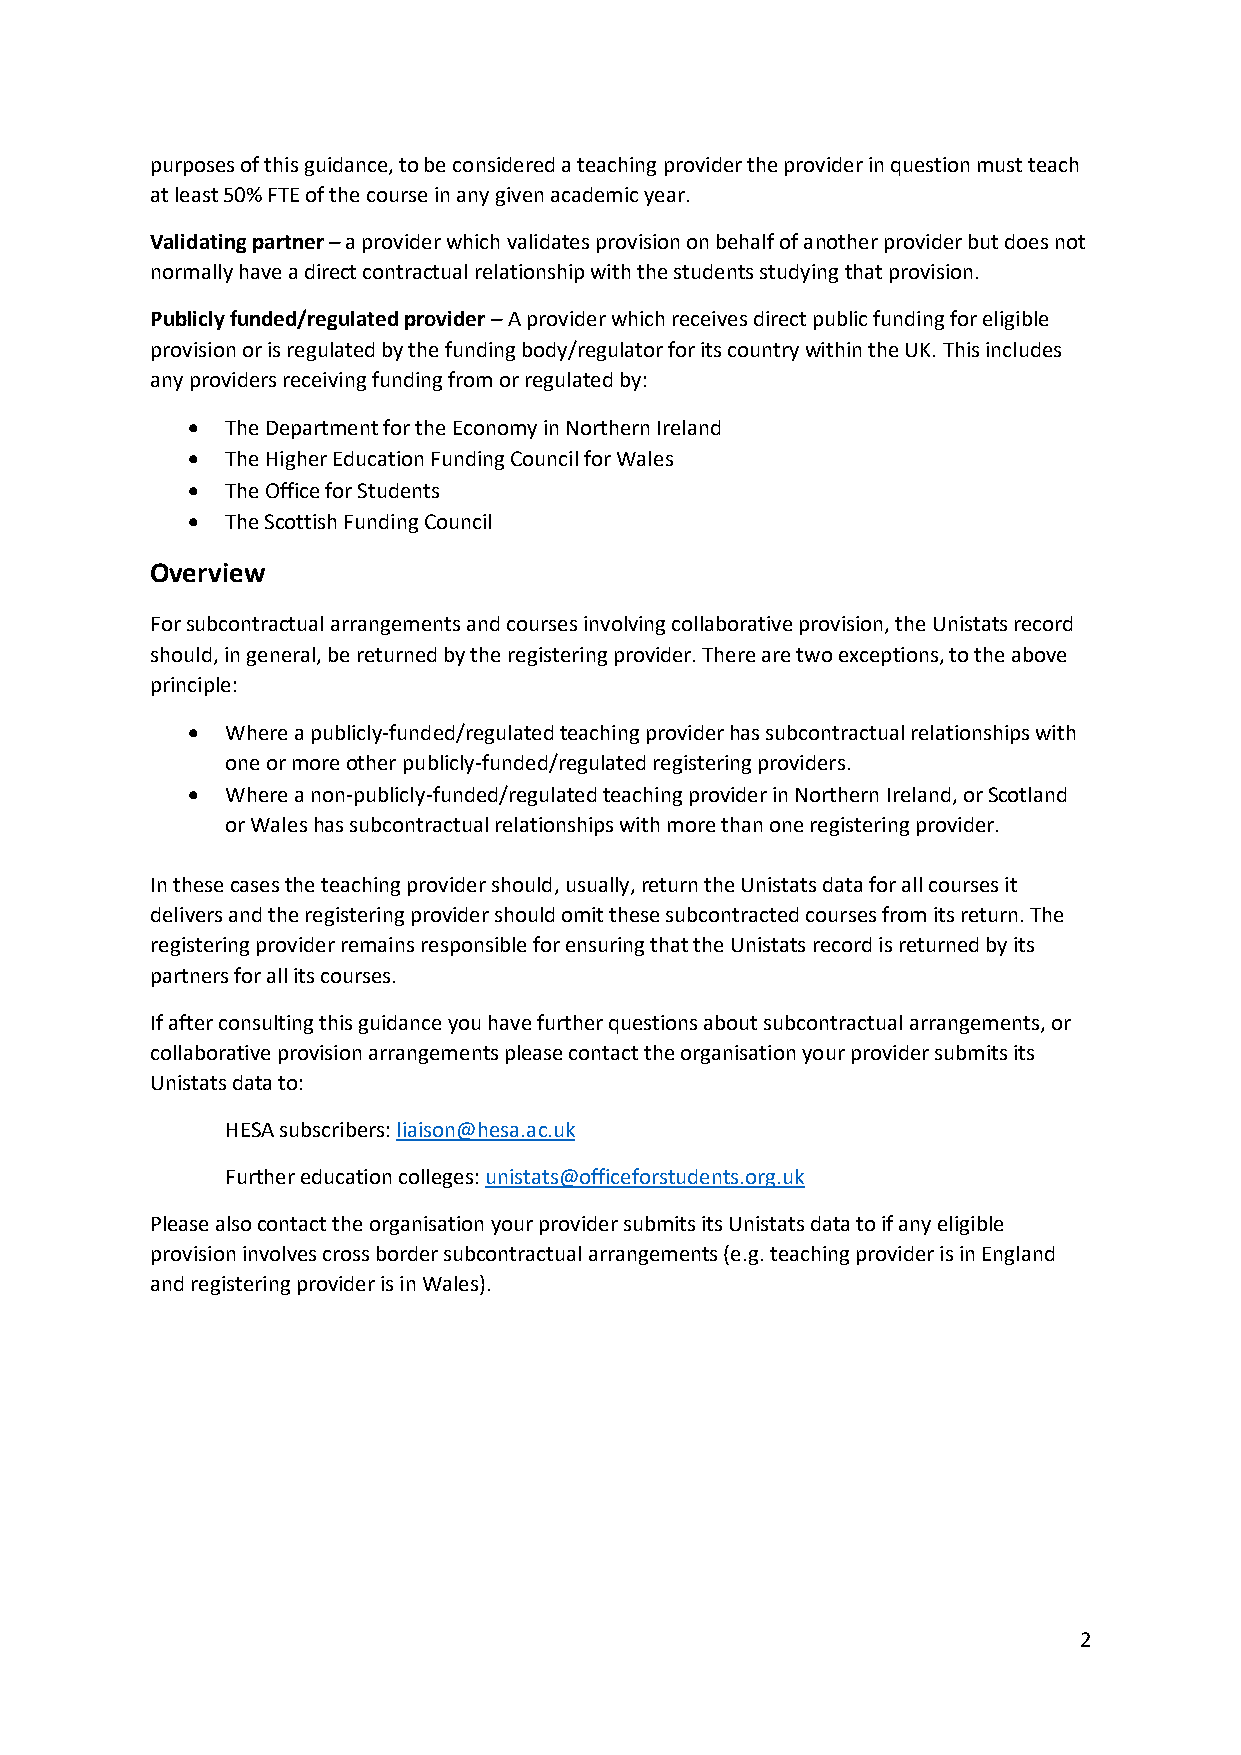
purposes of this guidance, to be considered a teaching provider the provider in question must teach
 at least 50% FTE of the course in any given academic year.
 Validating partner – a provider which validates provision on behalf of another provider but does not
 normally have a direct contractual relationship with the students studying that provision.
 Publicly funded/regulated provider – A provider which receives direct public funding for eligible
 provision or is regulated by the funding body/regulator for its country within the UK. This includes
 any providers receiving funding from or regulated by:
 •  The Department for the Economy in Northern Ireland
 •  The Higher Education Funding Council for Wales
 •  The Office for Students
 •  The Scottish Funding Council
 Overview
 For subcontractual arrangements and courses involving collaborative provision, the Unistats record
 should, in general, be returned by the registering provider. There are two exceptions, to the above
 principle:
 •  Where a publicly-funded/regulated teaching provider has subcontractual relationships with
 one or more other publicly-funded/regulated registering providers.
 •  Where a non-publicly-funded/regulated teaching provider in Northern Ireland, or Scotland
 or Wales has subcontractual relationships with more than one registering provider.
 In these cases the teaching provider should, usually, return the Unistats data for all courses it
 delivers and the registering provider should omit these subcontracted courses from its return. The
 registering provider remains responsible for ensuring that the Unistats record is returned by its
 partners for all its courses.
 If after consulting this guidance you have further questions about subcontractual arrangements, or
 collaborative provision arrangements please contact the organisation your provider submits its
 Unistats data to:
 HESA subscribers: liaison@hesa.ac.uk
 Further education colleges: unistats@officeforstudents.org.uk
 Please also contact the organisation your provider submits its Unistats data to if any eligible
 provision involves cross border subcontractual arrangements (e.g. teaching provider is in England
 and registering provider is in Wales).
 2